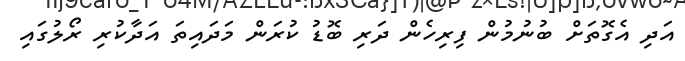
އަދި އެގޮތަށް ބުނުމުން ފިރިހެން ދަރި ބޮޑު ކުރަން މަދައިތަ އަދާކުރި ރޯލުގައި